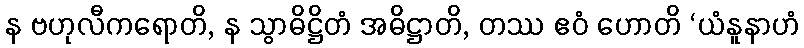
န ဗဟုလီကရောတိ, န သွာဓိဋ္ဌိတံ အဓိဋ္ဌာတိ, တဿ ဧဝံ ဟောတိ ‘ယံနူနာဟံ